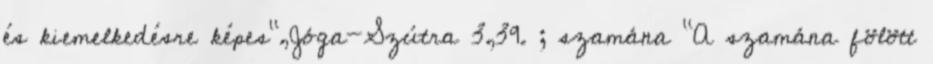
és kiemelkedésre képes",Jóga-Szútra 3,39. ; szamána "A szamána fölött